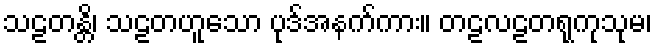
သဠတန္တိ၊ သဠတဟူသော ပုဒ်အနက်ကား။ တဠလဠတရုကုသုမ၊